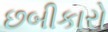
છબીકારો